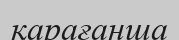
қарағанша